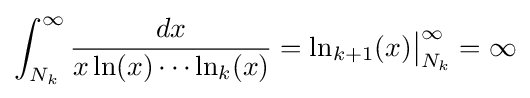
\int _{N_{k}}^{\infty }{\frac {dx}{x\ln(x)\cdots \ln _{k}(x)}}=\ln _{k+1}(x){\bigr |}_{N_{k}}^{\infty }=\infty